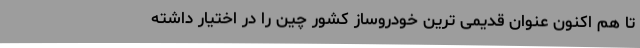
تا هم اکنون عنوان قدیمی ترین خودروساز کشور چین را در اختیار داشته